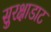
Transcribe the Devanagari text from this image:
सुरक्षाडाट